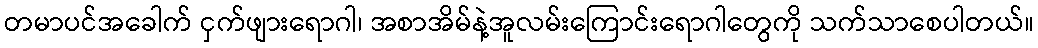
တမာပင်အခေါက် ငှက်ဖျားရောဂါ၊ အစာအိမ်နဲ့အူလမ်းကြောင်းရောဂါတွေကို သက်သာစေပါတယ်။